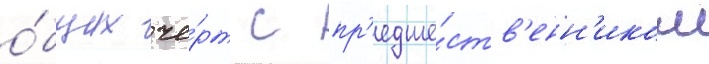
о́бщих че́рт с пр'едше́ств'енн'иком